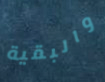
والبقية